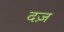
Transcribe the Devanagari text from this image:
दज़